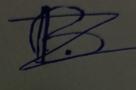
Signature authenticity: forged